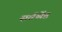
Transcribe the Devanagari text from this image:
सर्वश्रेंष्ठ